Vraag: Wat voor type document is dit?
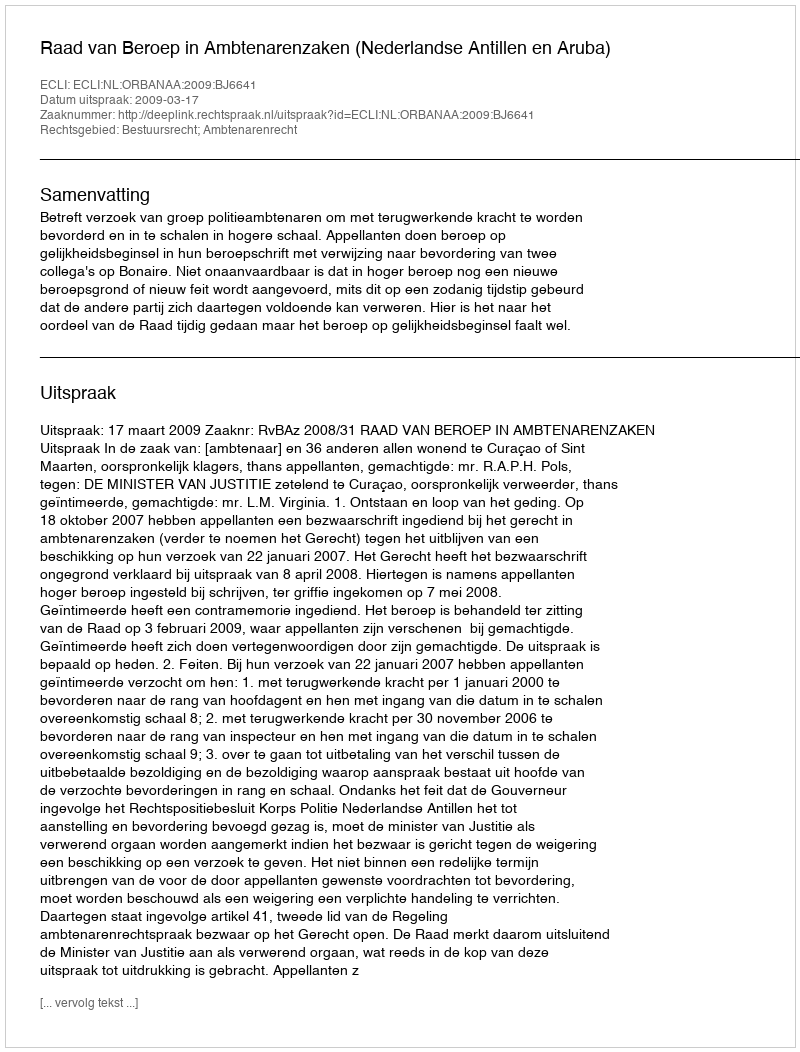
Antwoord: Uitspraak